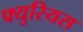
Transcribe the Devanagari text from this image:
फ्युरियस